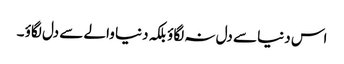
اس دنیا سے دل نہ لگاؤ بلکہ دنیا والے سے دل لگاؤ ۔